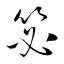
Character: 毖